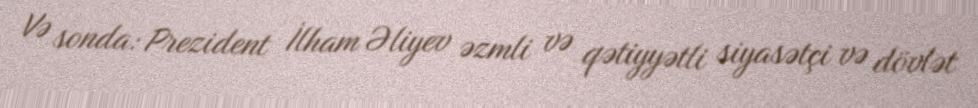
Və sonda: Prezident İlham Əliyev əzmli və qətiyyətli siyasətçi və dövlət